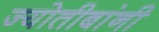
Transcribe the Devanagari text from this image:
ज्योतीबांनी